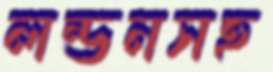
লন্ডনসহ